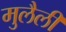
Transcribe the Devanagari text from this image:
मुलैली